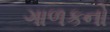
ગાળકનો